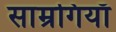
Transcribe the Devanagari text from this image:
साम्रगियाँ